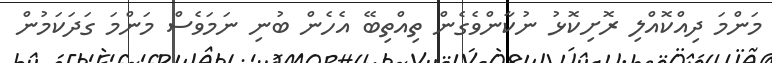
މަންމަ ދިއްކޮއްލި ރޮށިކޮޅު ނުކާންވެގެން ތިއްތިބޭ އެހެން ބުނި ނަމަވެސް މަންމަ ގަދަކަމުން